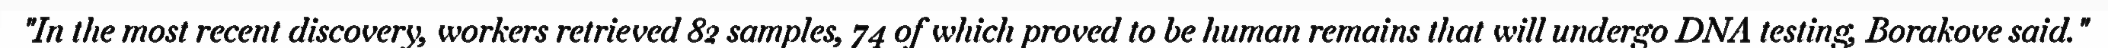
"In the most recent discovery, workers retrieved 82 samples, 74 of which proved to be human remains that will undergo DNA testing, Borakove said."